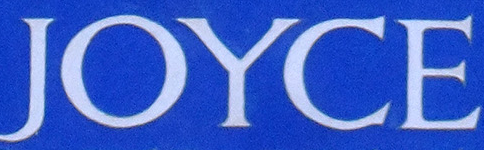
JOYCE